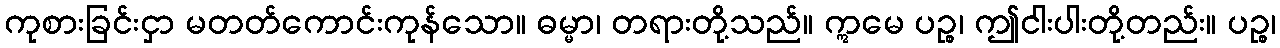
ကုစားခြင်းငှာ မတတ်ကောင်းကုန်သော။ ဓမ္မာ၊ တရားတို့သည်။ ဣမေ ပဉ္စ၊ ဤငါးပါးတို့တည်း။ ပဉ္စ၊